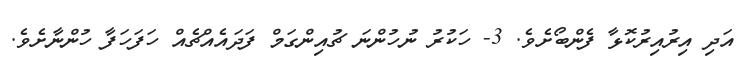
އަދި އިރުއިރުކޮޅާ ފެންބޯށެވެ. 3- ހަކުރު ނުހުންނަ ޗުއިންގަމް ފަދައެއްޗެއް ހަފަހަފާ ހުންނާށެވެ.